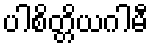
ပါစိတ္တိယဂါမီ